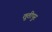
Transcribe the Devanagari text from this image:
तूतीपुर